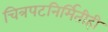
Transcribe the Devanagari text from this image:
चित्रपटनिर्मितीही